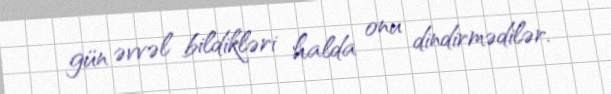
gün əvvəl bildikləri halda onu dindirmədilər.